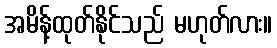
အမိန့်ထုတ်နိုင်သည် မဟုတ်လား။